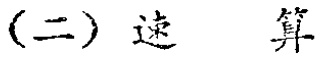
(二) 速 算